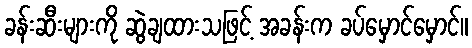
ခန်းဆီးများကို ဆွဲချထားသဖြင့် အခန်းက ခပ်မှောင်မှောင်။